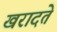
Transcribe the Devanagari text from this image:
खरादते